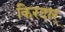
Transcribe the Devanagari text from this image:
किरदार्